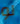
لو